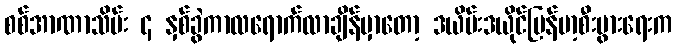
စစ်အာဏာသိမ်း ၄ နှစ်ခွဲကာလရောက်လာချိန်မှာတော့ ဒယိမ်းဒယိုင်မြန်မာ့စီးပွားရေးက